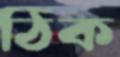
ঠিক